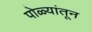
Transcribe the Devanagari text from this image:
पोळ्यांतून